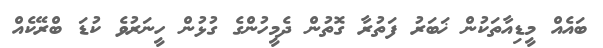
ބައެއް މީޑިއާތަކުން ޚަބަރު ފަތުރާ ގޮތުން ދެމީހުންގެ ގުޅުން ހީނަރުވެ ކުޑަ ބްރޭކެއް